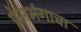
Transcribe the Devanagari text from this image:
प्रेमभंगाचा